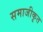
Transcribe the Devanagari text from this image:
समाजीकृत